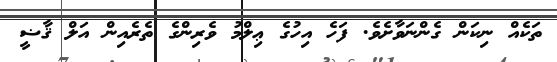
ތަކެއް ނިކަން ގެންނަވާށެވެ. ފަހެ އިހުގެ ޢިލްމު ވެރިންގެ ތެރެއިން އަލް ޤާޟީ